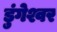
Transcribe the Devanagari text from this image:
डुंगेश्वर